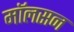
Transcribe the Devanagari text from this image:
मॉलसन